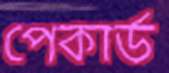
পেকার্ড